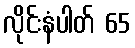
လိုင်းနံပါတ် 65